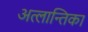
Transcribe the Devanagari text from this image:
अत्लान्तिका